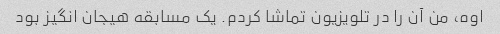
اوه، من آن را در تلویزیون تماشا کردم. یک مسابقه هیجان انگیز بود